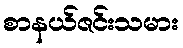
စာနယ်ဇင်းသမား